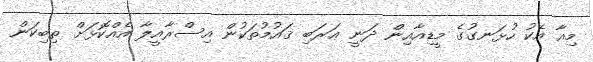
މިއާ އެކު ހުޅަނގުގެ މީޑިއާއިން ދަނީ ޢަރަބި ޤައުމުތަކުން އިސްރާއީލާ އެއްކޮޅަށް ތިބިކަން